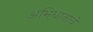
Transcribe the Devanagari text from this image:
अभिधानाचे